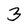
Character: 3